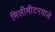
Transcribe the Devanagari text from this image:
मिलीमीटरवाले